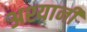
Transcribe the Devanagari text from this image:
अश्यानी